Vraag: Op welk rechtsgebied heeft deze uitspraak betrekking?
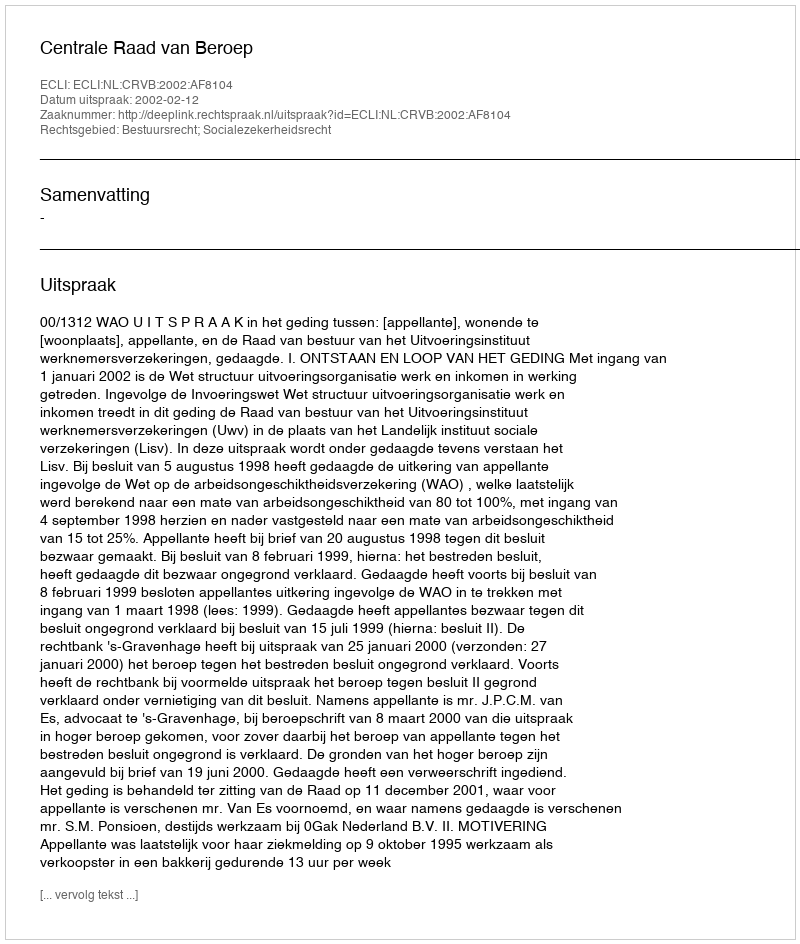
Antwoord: Bestuursrecht; Socialezekerheidsrecht